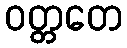
ဝတ္တတေ